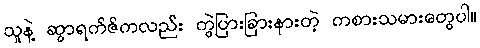
သူနဲ့ ဆွာရက်ဇ်ကလည်း ကွဲပြားခြားနားတဲ့ ကစားသမားတွေပါ။